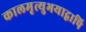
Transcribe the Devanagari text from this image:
कालमृत्युभयाद्वापि